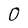
Character: O